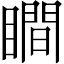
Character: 瞷